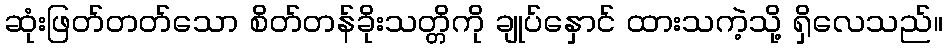
ဆုံးဖြတ်တတ်သော စိတ်တန်ခိုးသတ္တိကို ချုပ်နှောင် ထားသကဲ့သို့ ရှိလေသည်။